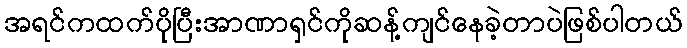
အရင်ကထက်ပိုပြီးအာဏာရှင်ကိုဆန့်ကျင်နေခဲ့တာပဲဖြစ်ပါတယ်